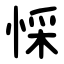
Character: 㥒